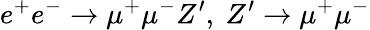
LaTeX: e^{+}e^{-}\to\mu^{+}\mu^{-}Z^{\prime},~Z^{\prime}\to\mu^{+}\mu^{-}